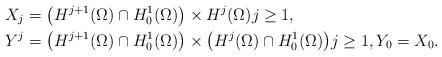
LaTeX: \begin{align*}X_{j} &= \big(H^{j+1}(\Omega) \cap H^{1}_{0}(\Omega)\big) \times H^{j}(\Omega) j \geq 1, \\Y^{j} &= \big(H^{j+1}(\Omega) \cap H^{1}_{0}(\Omega)\big) \times \big(H^{j}(\Omega) \cap H^{1}_{0}(\Omega)\big) j \geq 1,Y_{0} = X_{0}.\end{align*}